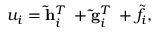
u _ { i } = \mathbf { \widetilde { h } } _ { i } ^ { T } { \mathbf \alpha } + \mathbf { \widetilde { g } } _ { i } ^ { T } { \mathbf \beta } + \widetilde { f } _ { i } ,